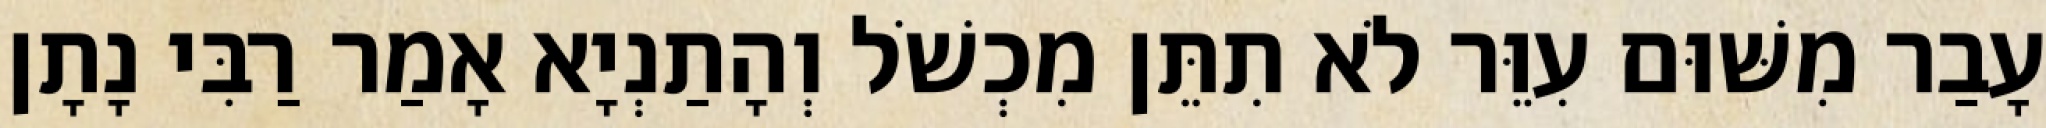
עָבַר מִשּׁוּם עִוֵּר לֹא תִתֵּן מִכְשֹׁל וְהָתַנְיָא אָמַר רַבִּי נָתָן